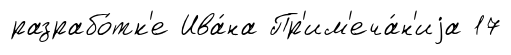
разрабо́тк'е Ива́на Пр'им'еча́н'иjа 17